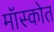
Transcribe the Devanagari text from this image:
मॉस्कोत